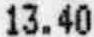
13.40